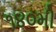
૧૪૦મી